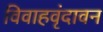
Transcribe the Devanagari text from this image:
विवाहवृंदावन